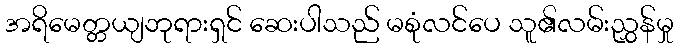
အရိမေတ္တယျဘုရားရှင် ဆေးပါသည် မစုံလင်ပေ သူ၏လမ်းညွှန်မှု